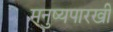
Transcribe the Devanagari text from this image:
मनुष्यपारखी